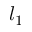
l _ { 1 }